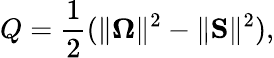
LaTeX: Q=\frac{1}{2}(\Vert\boldsymbol{\Omega}\Vert^{2}-\Vert\boldsymbol{\mathrm{S}}\Vert^{2}),